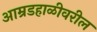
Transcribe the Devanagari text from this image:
आम्रडहाळीवरील